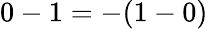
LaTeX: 0-1=-(1-0)